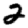
Digit: 2